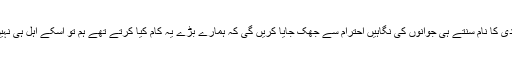
شادی کا نام سنتے ہی جوانوں کی نگاہیں احترام سے جھک جایا کریں گی کہ ہمارے بڑے یہ کام کیا کرتے تھے ہم تو اسکے اہل ہی نہیں ۔